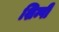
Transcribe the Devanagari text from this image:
शिम्पी